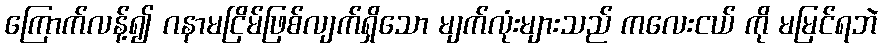
ကြောက်လန့်၍ ဂနာမငြိမ်ဖြစ်လျက်ရှိသော မျက်လုံးများသည် ကလေးငယ် ကို မမြင်ရဘဲ